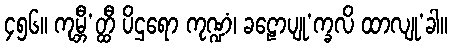
၄၅၆။ ကုမ္ဘီ’တ္ထီ ပိဌရော ကုဏ္ဍံ၊ ခဠောပျု’က္ခလိ ထာလျု’ခါ။